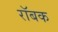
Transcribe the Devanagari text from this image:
रॉबक